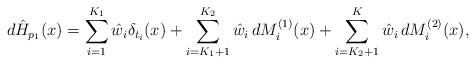
LaTeX: \begin{align*}d\hat{H}_{p_1}(x)=\sum^{K_1}_{i=1}\hat{w}_i\delta_{t_i}(x)+\sum^{K_2}_{i=K_1+1}\hat{w}_i\,dM^{(1)}_i(x)+\sum^{K}_{i=K_2+1}\hat{w}_i\,dM^{(2)}_i(x),\end{align*}